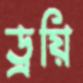
ড্রয়ি